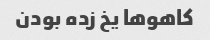
کاهوها یخ زده بودن